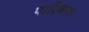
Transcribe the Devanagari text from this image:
पारिभासः